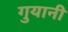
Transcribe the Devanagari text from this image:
गुयानी